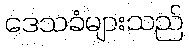
ဒေသခံများသည်